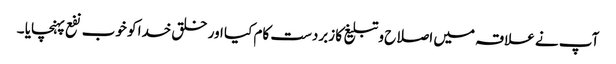
آپ نے علاقہ میں اصلاح و تبلیغ کا زبردست کام کیا اور خلق خدا کو خوب نفع پہنچایا ۔